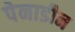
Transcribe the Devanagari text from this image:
पेनाडीन